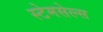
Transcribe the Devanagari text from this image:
स्टेमसेल्स